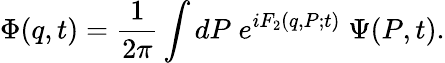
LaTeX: \Phi(q,t)=\frac 1{2\pi}\int dP\; e^{iF_{2}(q,P;t)}\; \Psi(P,t).